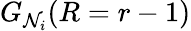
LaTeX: G_{\mathcal{N}_{i}}(R=r-1)